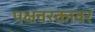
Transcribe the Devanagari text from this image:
पक्षवरकावर